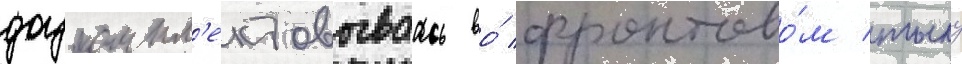
доукомпл'ектовываась во́ фронтово́м тылу